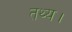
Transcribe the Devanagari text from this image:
तथ्य।